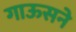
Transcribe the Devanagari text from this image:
गाऊसने